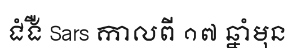
ជំងឺ Sars កាលពី ១៧ ឆ្នាំមុន